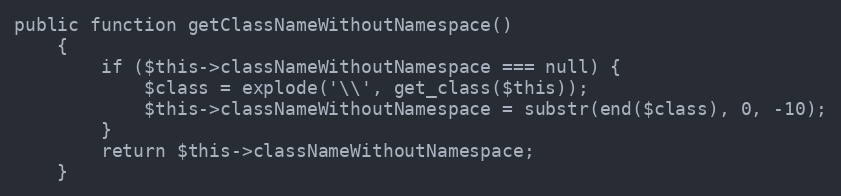
Language: PHP
public function getClassNameWithoutNamespace()
    {
        if ($this->classNameWithoutNamespace === null) {
            $class = explode('\\', get_class($this));
            $this->classNameWithoutNamespace = substr(end($class), 0, -10);
        }
        return $this->classNameWithoutNamespace;
    }